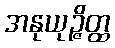
အနုယုဉ္ဇိတ္ထ